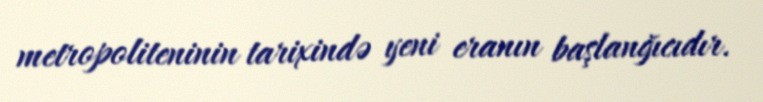
metropoliteninin tarixində yeni eranın başlanğıcıdır.